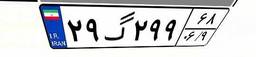
۲۹گ۲۹۹۶۸